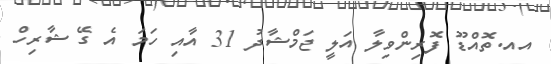
އއ.ތޮއްޑޫ ފޮރިންވިލާ އަލީ ޖަމްޝާދު 31 އާއި ހަމަ އެ ގޭ ޝާރިހް